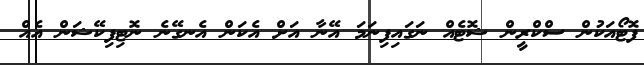
ފޮޓޯއަކުން ސްކްރީން ޝޮޓެއް ނަގައިފިނަމަ އޭނާ އަށް އެކަން އެނގޭނެ ނޮޓިފިކޭޝަން އެއް